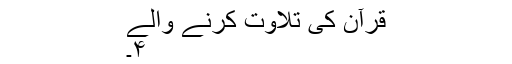
قرآن کی تلاوت کرنے والے
۴۔